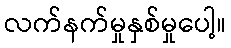
လက်နက်မှုနှစ်မှုပေါ့။